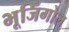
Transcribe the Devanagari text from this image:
भूजिँगोल